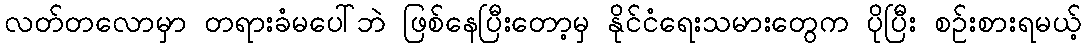
လတ်တလောမှာ တရားခံမပေါ်ဘဲ ဖြစ်နေပြီးတော့မှ နိုင်ငံရေးသမားတွေက ပိုပြီး စဉ်းစားရမယ့်